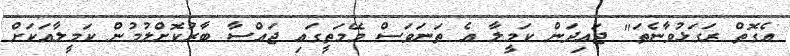
އެގޮތް ރަގަޅުވާނެތަ" ޖައިދަން ކަމީލާ އެ ތަނަވަސް މޭމަތީގައި ޖައްސާ ބާރުކޮށްލުމުން ކަމީލާއަކަށް